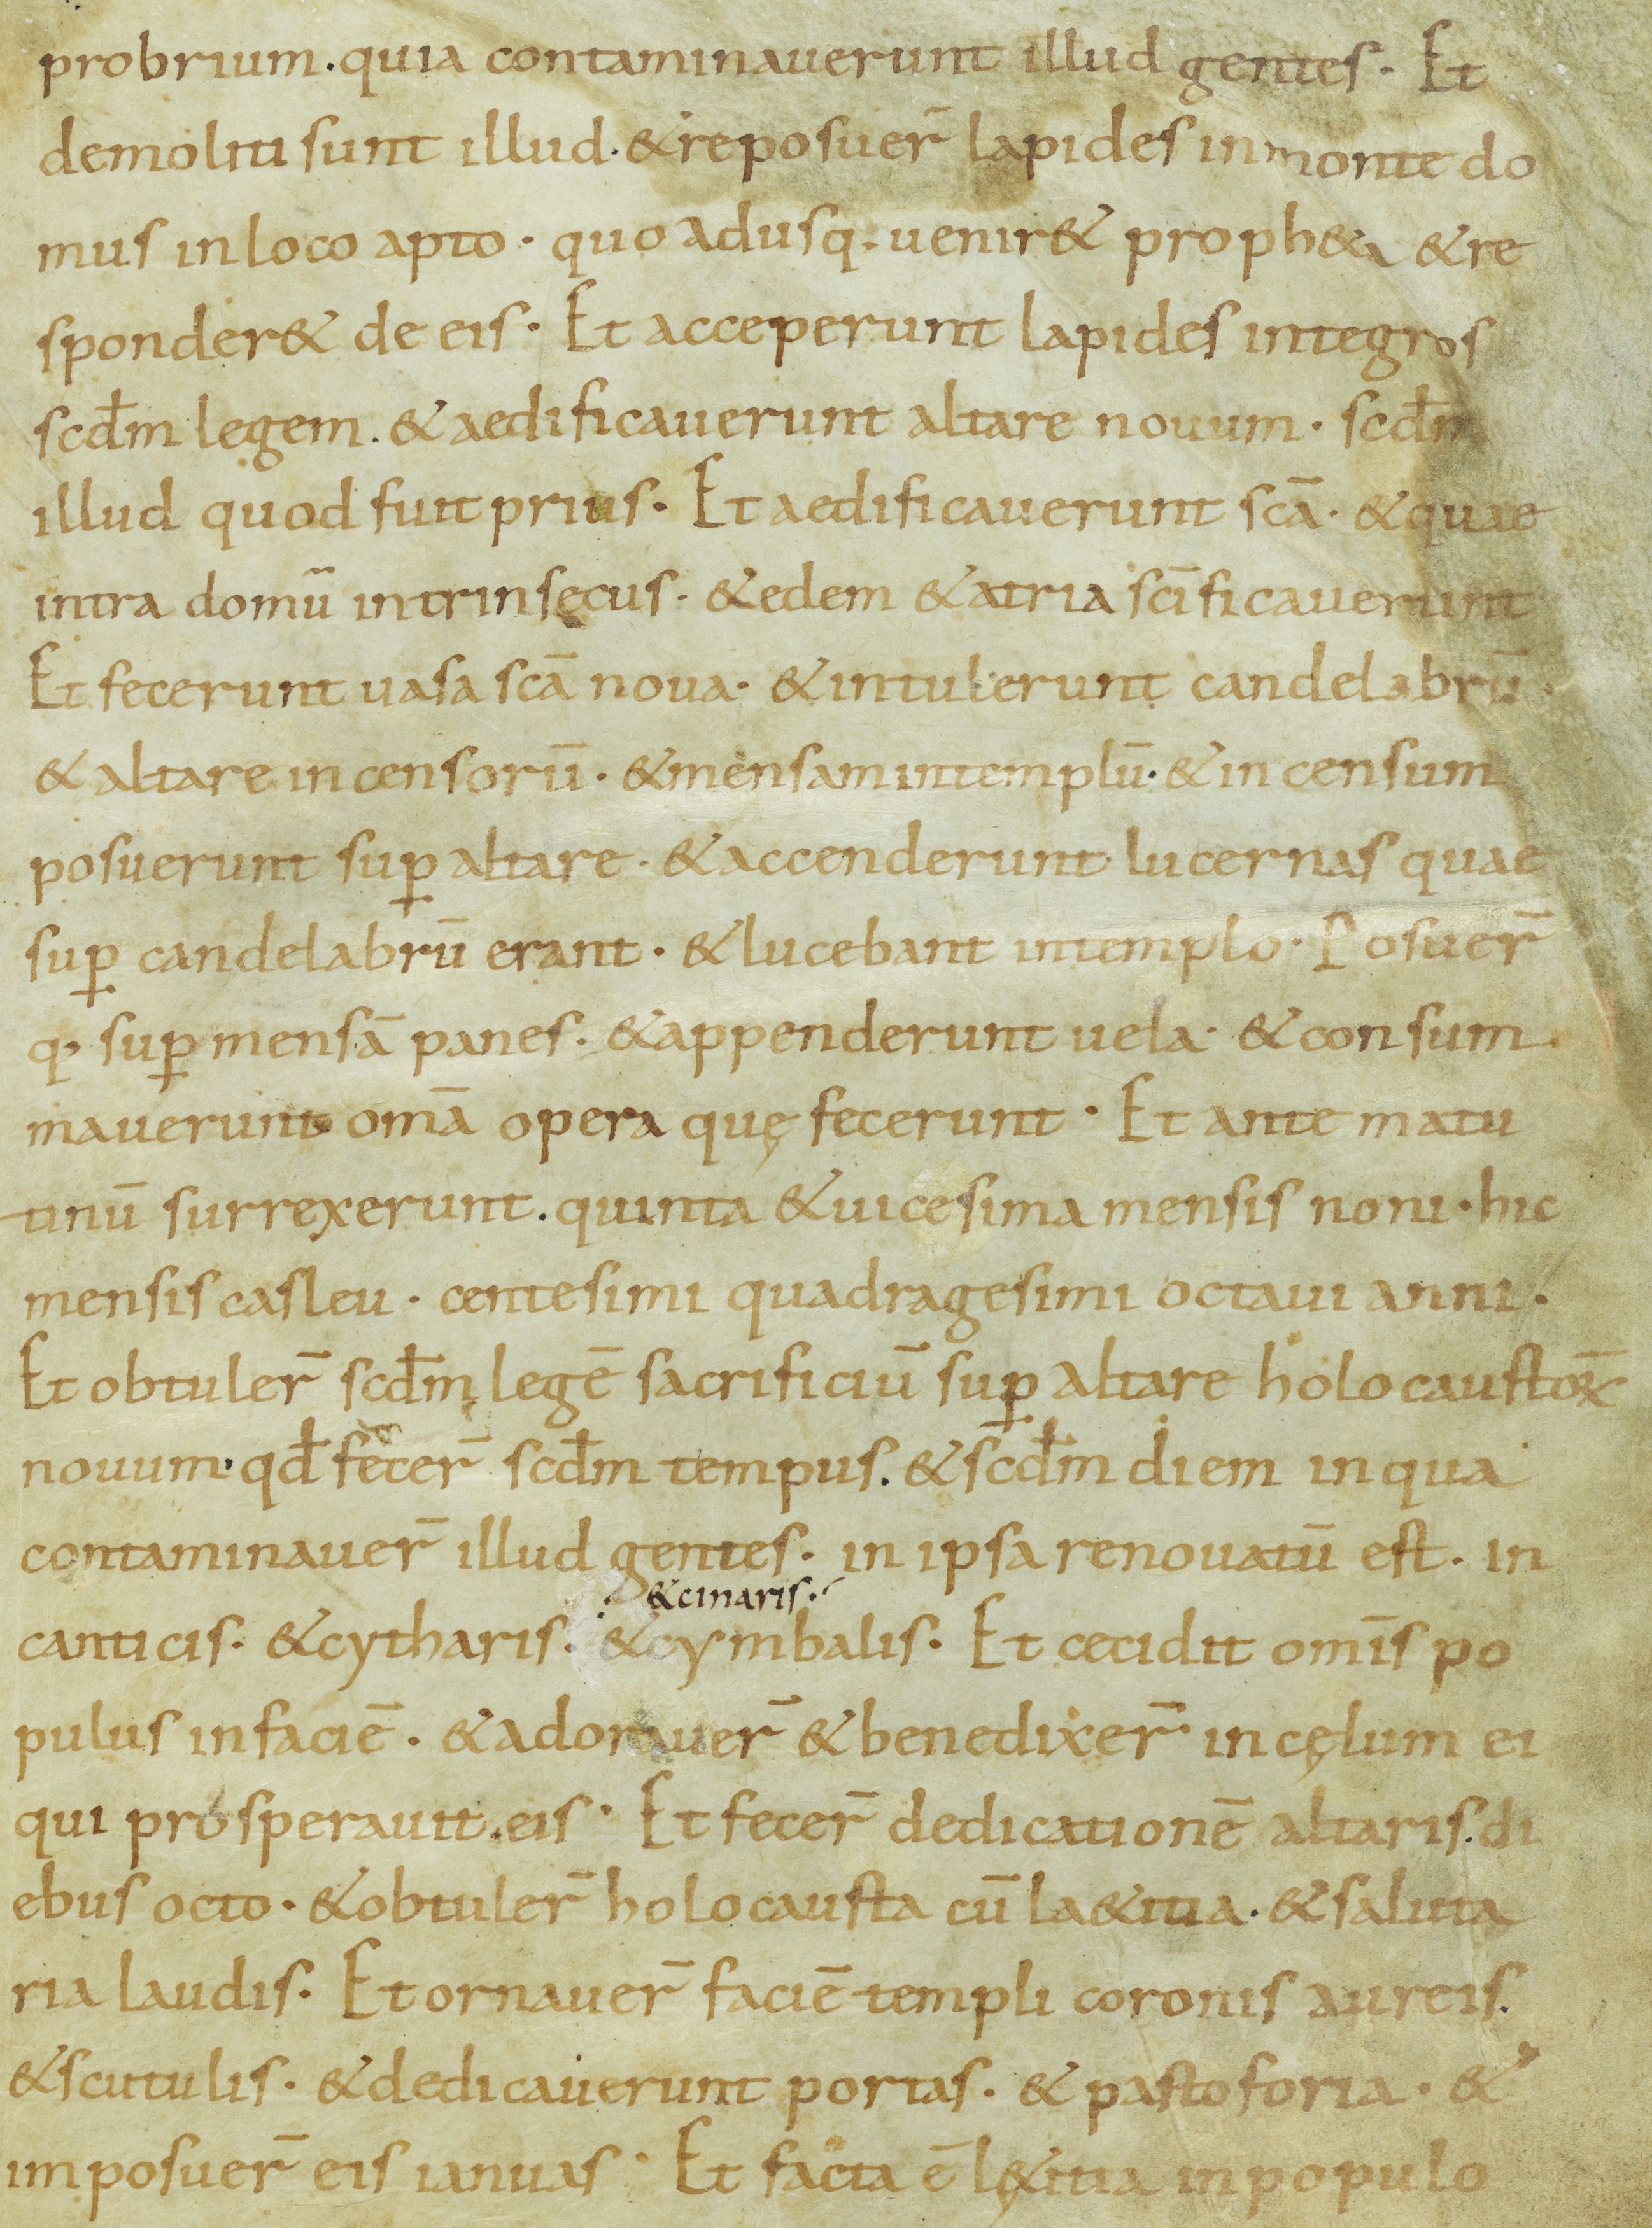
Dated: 800–899